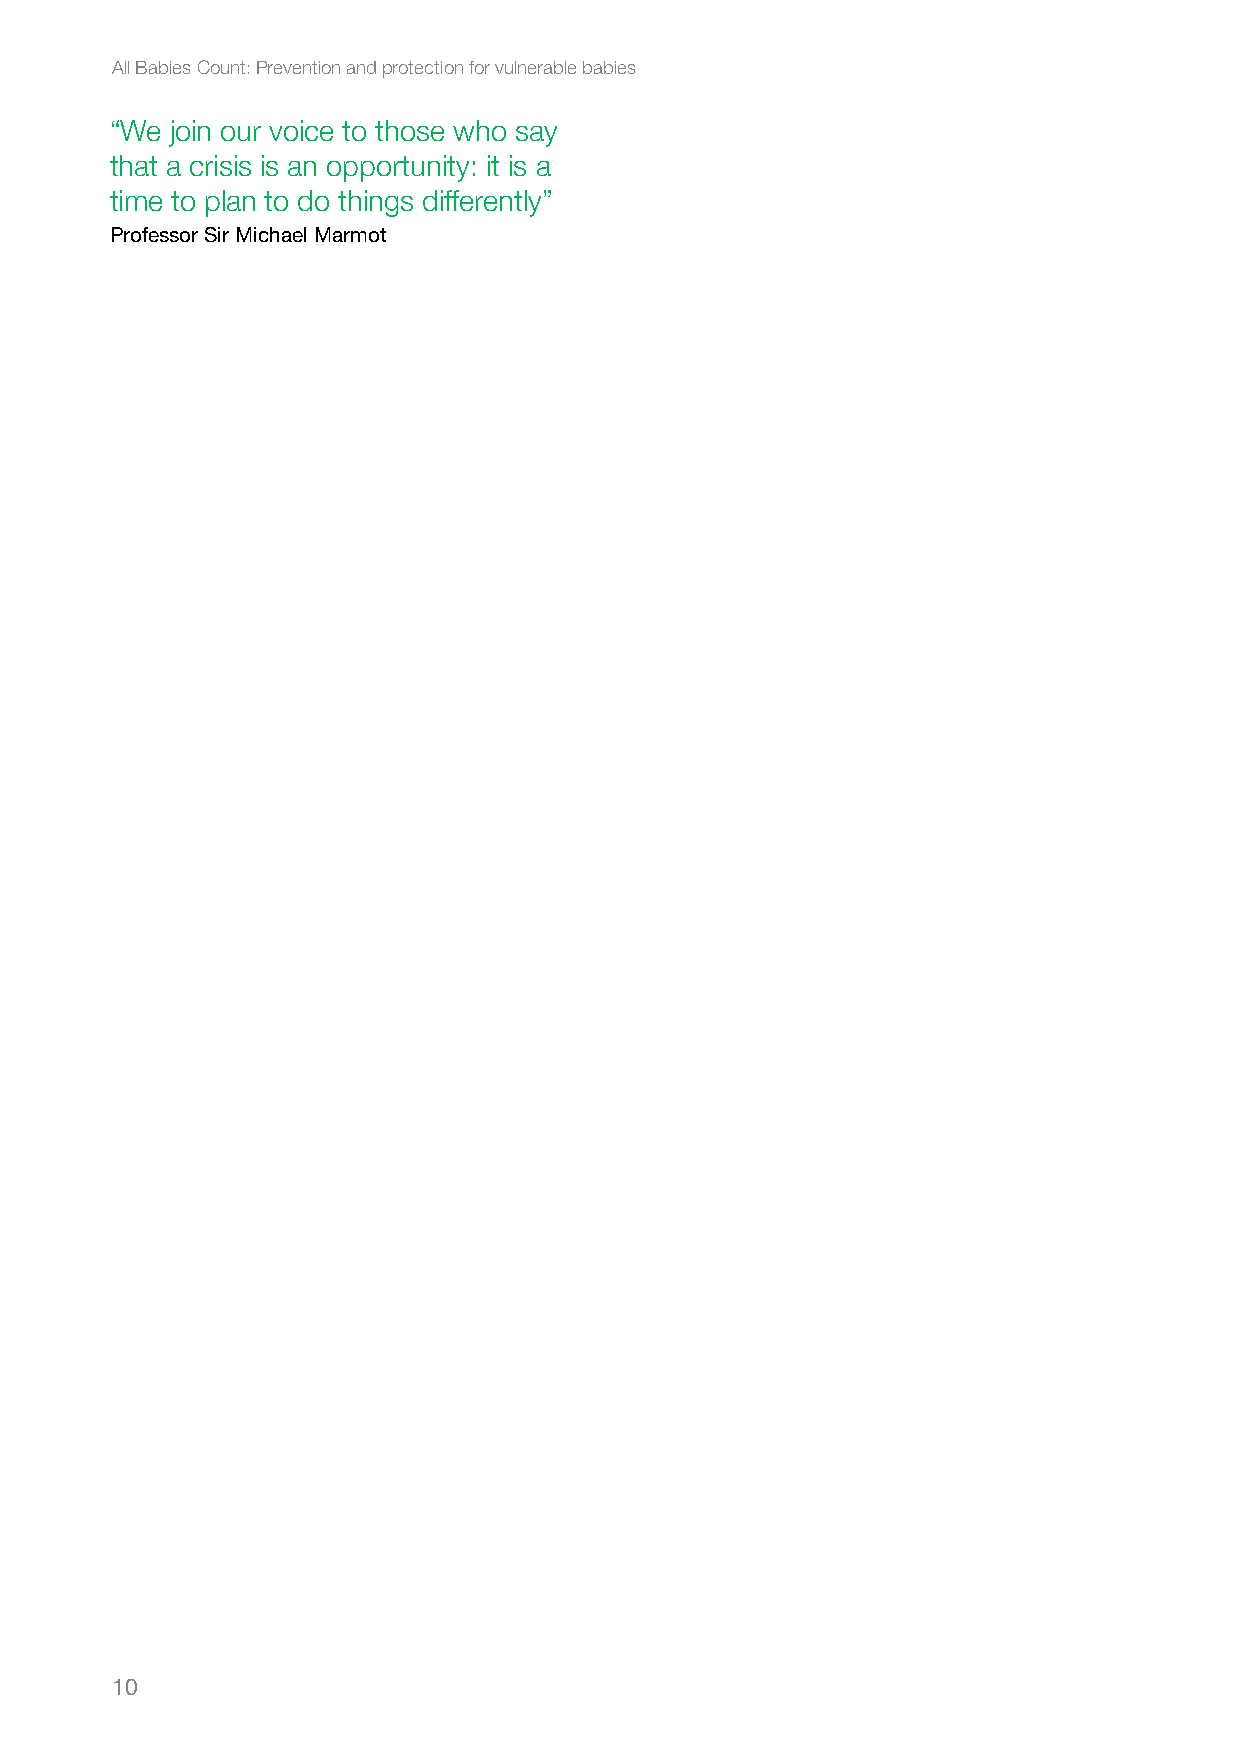
All Babies Count: Prevention and protection for vulnerable babies
 “We join our voice to those who say
 that a crisis is an opportunity: it is a
 time to plan to do things differently”
 Professor Sir Michael Marmot
 10